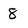
Character: 8